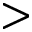
>